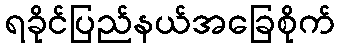
ရခိုင်ပြည်နယ်အခြေစိုက်